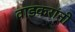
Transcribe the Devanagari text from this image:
वाडकरांनी